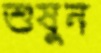
শুষুন